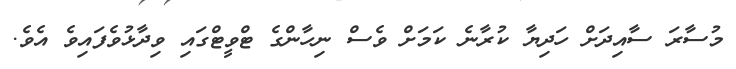
މުސާރަ ސާއިދަށް ހަދިޔާ ކުރާނެ ކަމަށް ވެސް ނިހާންގެ ޓްވީޓްގައި ވިދާޅުވެފައިވެ އެވެ.